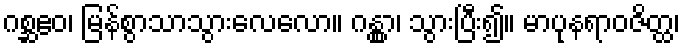
ဂစ္ဆဧဝ၊ မြန်စွာသာသွားလေလော။ ဂန္တွာ၊ သွားပြီး၍။ မာပုနရာဝဇိတ္ထ၊